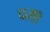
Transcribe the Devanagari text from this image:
दाज़ुए